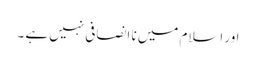
اور اسلام میں نا انصافی نہیں ہے ۔